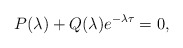
\begin{align*} P(\lambda)+Q(\lambda)e^{-\lambda\tau}=0,\end{align*}